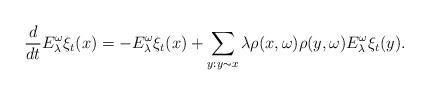
LaTeX: \begin{align*}\frac{d}{dt}E_{\lambda}^{\omega}\xi_t(x)=-E_{\lambda}^{\omega}\xi_t(x)+\sum_{y:y\thicksim x}\lambda\rho(x,\omega)\rho(y,\omega)E_{\lambda}^{\omega}\xi_t(y).\end{align*}